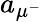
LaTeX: a_{\mu^{-}}